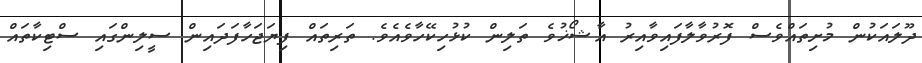
ދޫލައަކުން މުށިތައްވެސް ފޮރުވާލާފައިވާއިރު އާޝޯޚުވެ ތަލިން ކުޅުހިކޭހާވެއެވެ. ތަރިތައް ފިޔަޖަހާފަދައިން ސީލިންގައި ސްޓިކާތައް